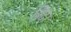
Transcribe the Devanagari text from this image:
विदा